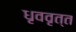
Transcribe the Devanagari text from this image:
धृववृत्त